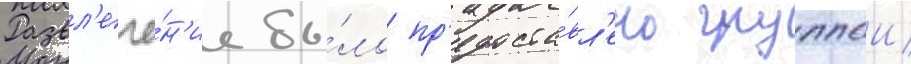
Развл'ече́н'ие бы́ло пр'едоста́вл'ено группои